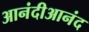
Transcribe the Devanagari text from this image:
आनंदीआनंद